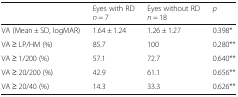
|  | Eyes with RDn = 7 | Eyes without RDn = 18 | p |
 | --- | --- | --- | --- |
 | VA (Mean ± SD, logMAR) | 1.64 ± 1.24 | 1.26 ± 1.27 | 0.398* |
 | VA ≥ LP/HM (%) | 85.7 | 100 | 0.280** |
 | VA ≥ 1/200 (%) | 57.1 | 72.7 | 0.640** |
 | VA ≥ 20/200 (%) | 42.9 | 61.1 | 0.656** |
 | VA ≥ 20/40 (%) | 14.3 | 33.3 | 0.626** |